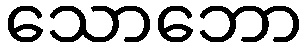
သောဘော